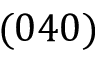
( 0 4 0 )